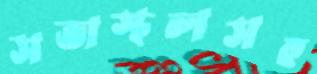
সভাস্থলসহ